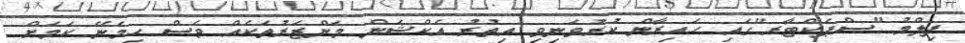
ފިލްމު "ސްޕެކްޓާރ"ގައި ހައިރާން ކުރުވަނިވި އިތުރު އެކްޝަން މަންޒަރުތަކެއް ވެސް ހިމެނޭ ކަމަށް